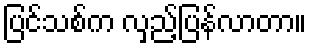
ပြင်သစ်က လှည့်ပြန်လာတာ။